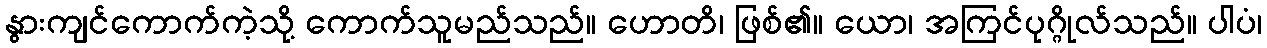
နွားကျင်ကောက်ကဲ့သို့ ကောက်သူမည်သည်။ ဟောတိ၊ ဖြစ်၏။ ယော၊ အကြင်ပုဂ္ဂိုလ်သည်။ ပါပံ၊